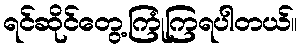
ရင်ဆိုင်တွေ့ကြုံကြရပါတယ်။